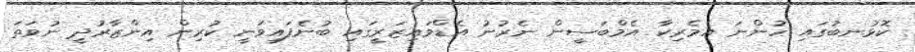
ކޮޅުނބުގައި ހުންނަ އެމެރިކާ އެމްބަސީން ނެރުނު އެޑްވައިޒަރީގައި ބުނެފައިވަނީ ކުރިން އިންޒާރުދީ ނުވަތަ